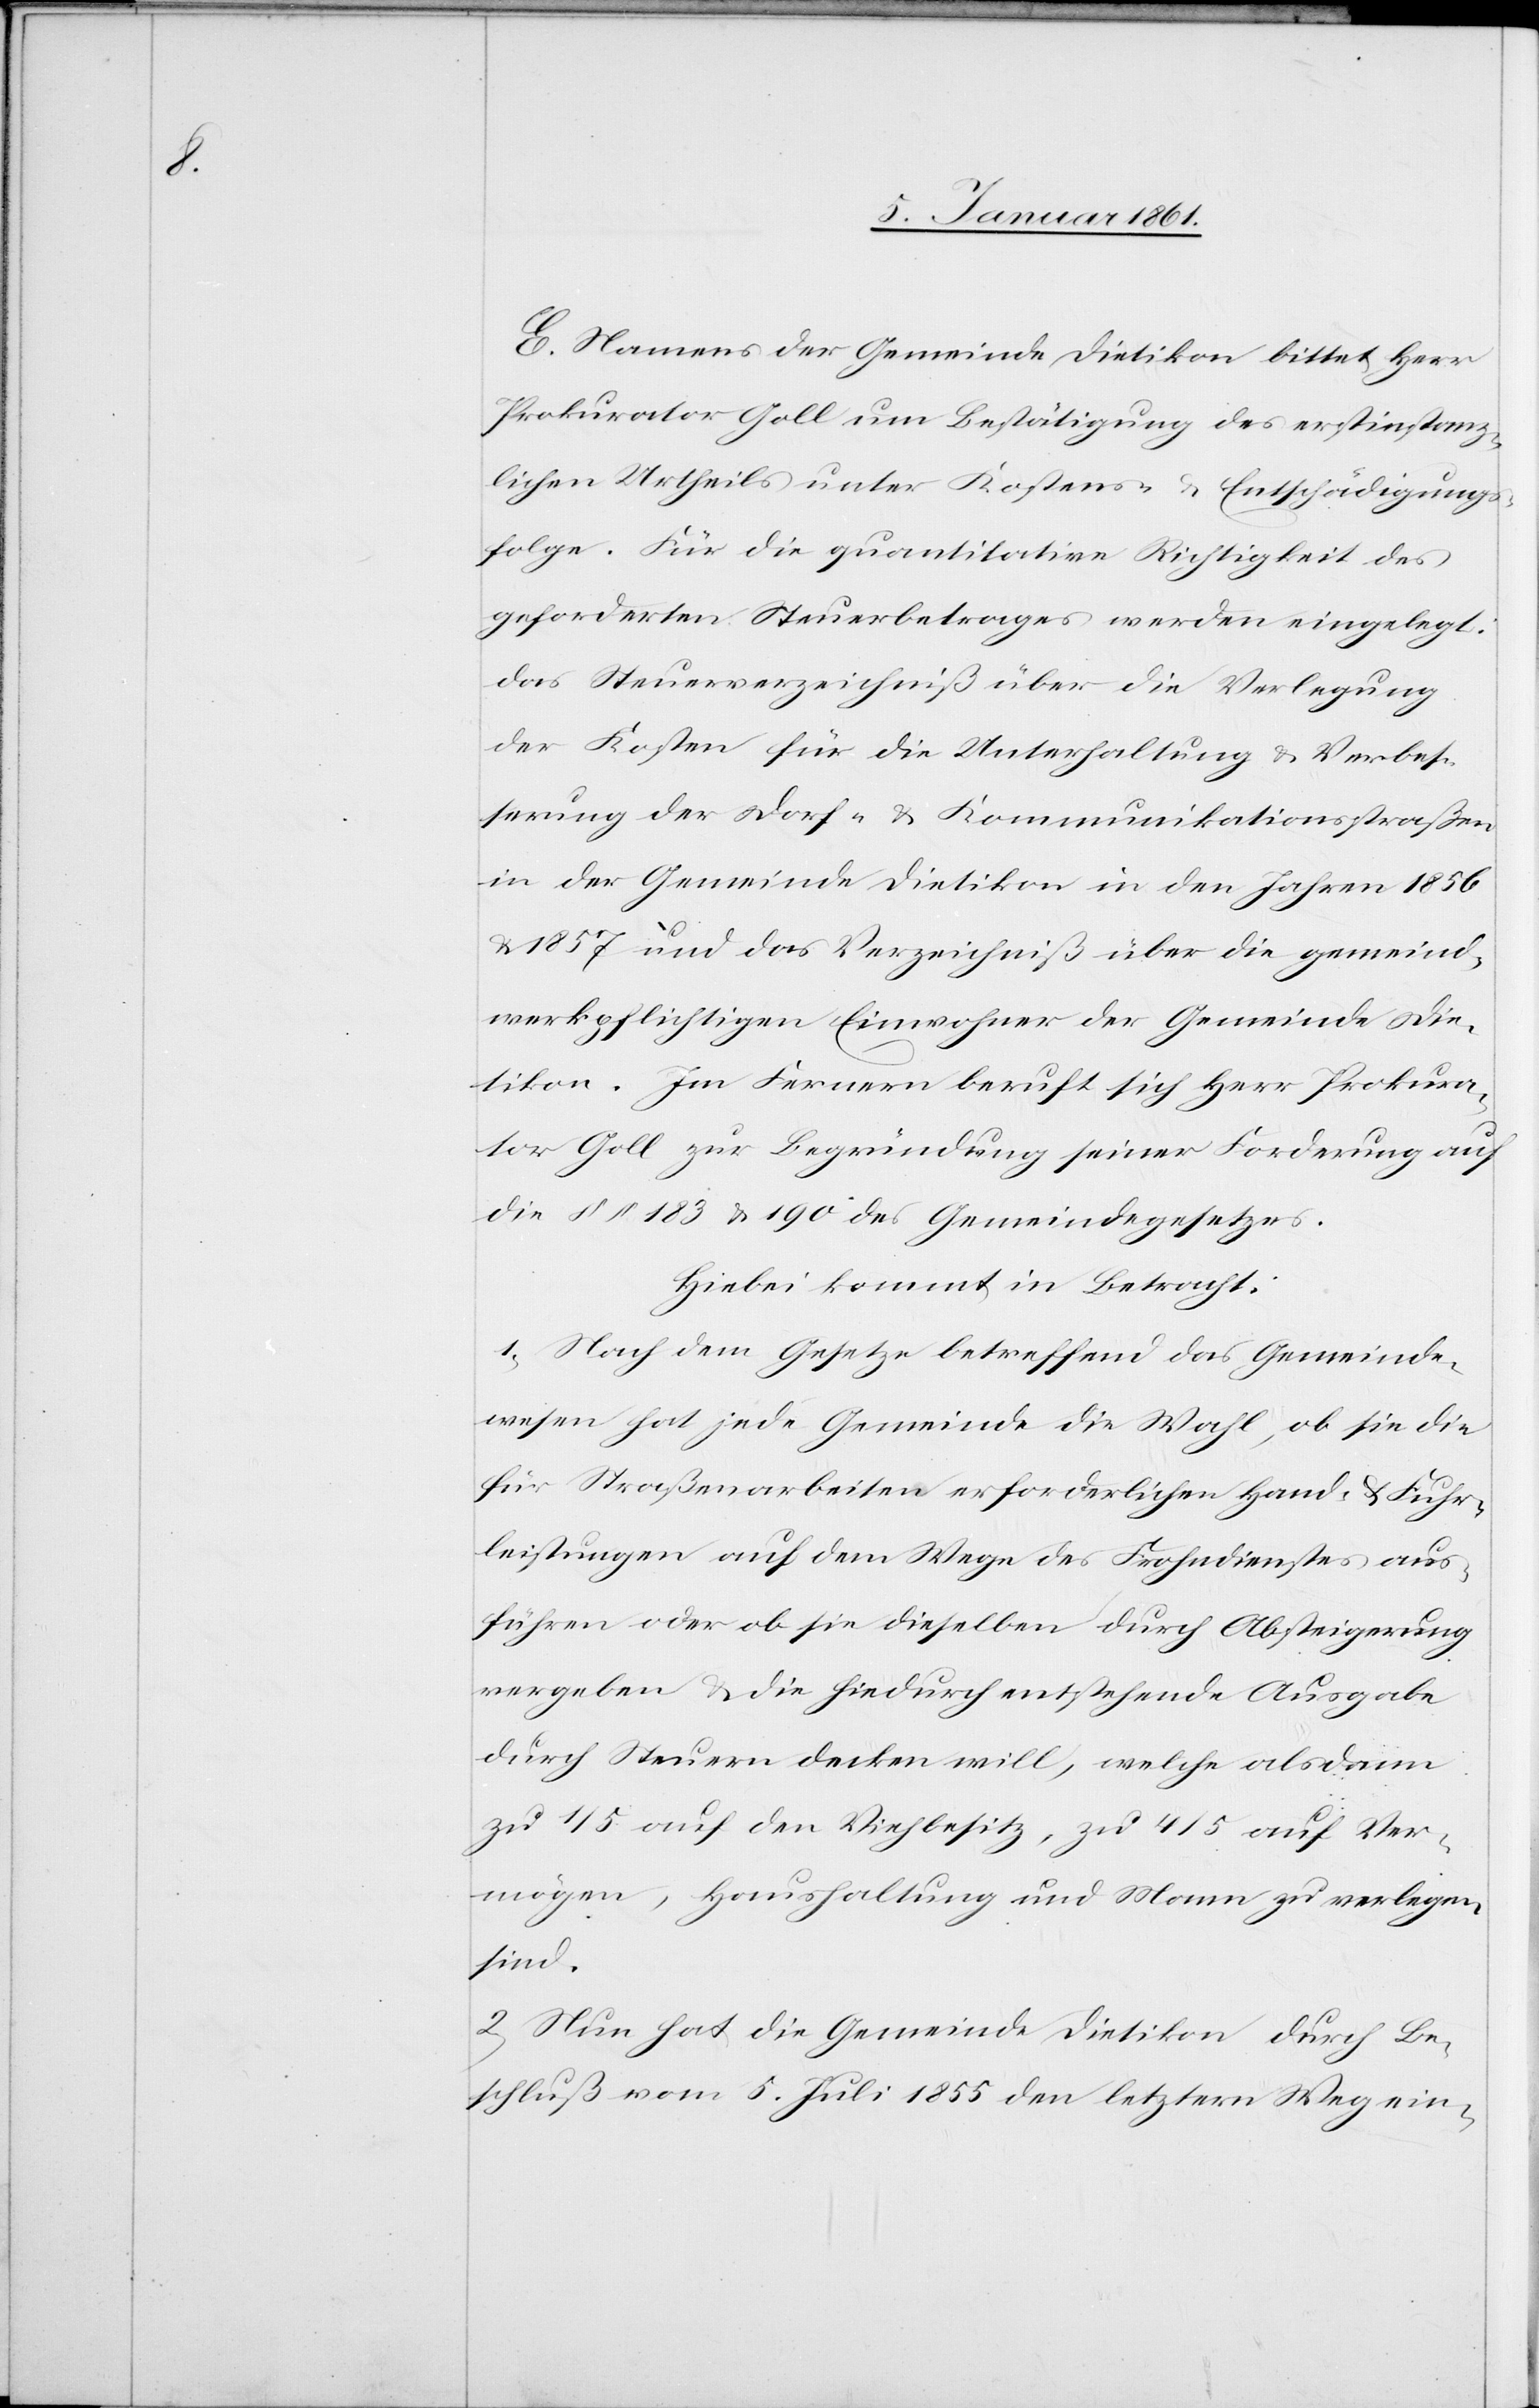
E. Namens der Gemeinde Dietikon bittet Herr
Prokurator Goll um Bestätigung des erstinstanz¬
lichen Urtheils unter Kostens- u. Entschädigungs¬
folge. Für die quantitative Richtigkeit des
geforderten Steuerbetrags werden eingelegt:
Das Steuerverzeichniß über die Verlegung
der Kosten für die Unterhaltung u. Verbes¬
serung der Dorf- u. Kommunikationsstraßen
in der Gemeinde Dietikon in den Jahren 1856
u. 1857 und das Verzeichniß über die Gemeind¬
werkpflichtigen Einwohner der Gemeinde Die¬
tikon. Im Fernern beruft sich Herr Prokura¬
tor Goll zur Begründung seiner Forderung auf
die §§. 183 u. 190 des Gemeindegesetzes.
Hiebei kommt in Betracht:
1) Nach dem Gesetze betreffend das Gemeinde¬
wesen hat jede Gemeinde die Wahl, ob sie die
für Straßenarbeiten erforderlichen Hand- u. Fuhr¬
leistungen auf dem Wege des Frohndienstes aus¬
führen oder ob sie dieselben durch Absteigerung
vergeben u. die hiedurch entstehende Ausgabe
durch Steuern decken will, welche alsdann
zu 1/5 auf den Viehbesitz, zu 4/5 auf Ver¬
mögen, Haushaltung und Mann zu verlegen
sind.
2) Nun hat die Gemeinde Dietikon durch Be¬
schluß vom 5. Juli 1855 den letztern Weg ein-